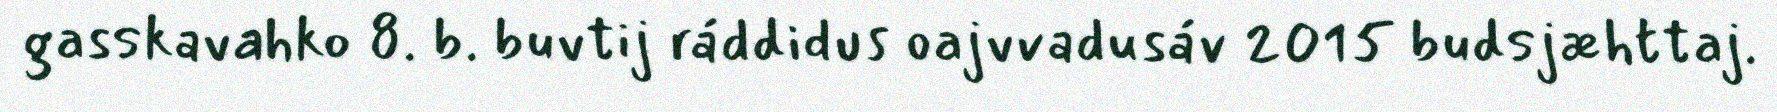
gasskavahko 8. b. buvtij ráddidus oajvvadusáv 2015 budsjæhttaj.